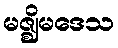
မဇ္ဈိမဒေသ